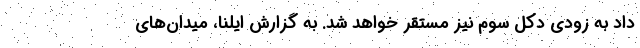
داد به زودی دکل سوم نیز مستقر خواهد شد. به گزارش ایلنا، میدان‌های